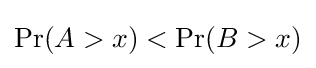
\Pr(A>x)<\Pr(B>x)